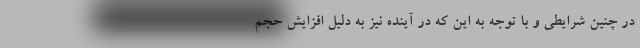
در چنین شرایطی و با توجه به این که در آینده نیز به دلیل افزایش حجم